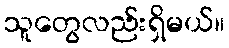
သူတွေလည်းရှိမယ်။